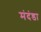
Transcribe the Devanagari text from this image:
मंदंडा